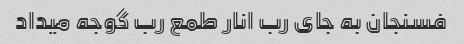
فسنجان به جای رب انار طمع رب گوجه میداد